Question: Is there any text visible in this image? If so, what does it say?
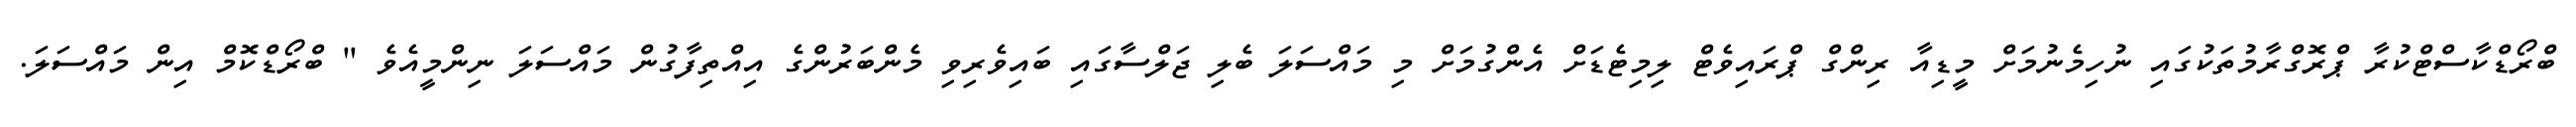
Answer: ބްރޯޑްކާސްޓްކުރާ ޕްރޮގްރާމުތަކުގައި ނުހިމެނުމަށް މީޑިއާ ރިންގް ޕްރައިވެޓް ލިމިޓެޑަށް އެންގުމަށް މި މައްސަލަ ބެލި ޖަލްސާގައި ބައިވެރިވި މެންބަރުންގެ އިއްތިފާގުން މައްސަލަ ނިންމީއެވެ " ބްރޯޑްކޮމް އިން މައްސަލަ.